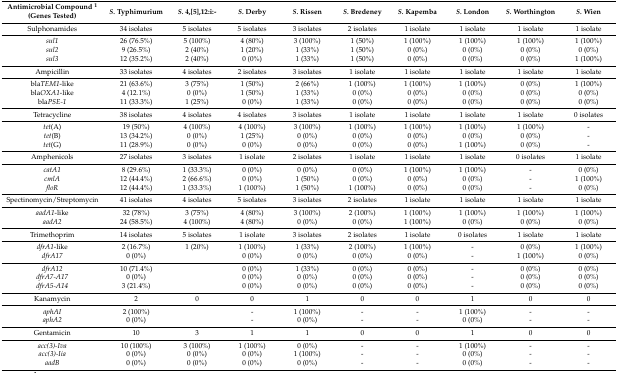
<table><thead><tr><td><b>Antimicrobial Compound <sup>1</sup>(Genes Tested)</b></td><td><b><i>S.</i> Typhimurium</b></td><td><b><i>S.</i> 4,[5],12:i:-</b></td><td><b><i>S.</i> Derby</b></td><td><b><i>S.</i> Rissen</b></td><td><b><i>S.</i> Bredeney</b></td><td><b><i>S.</i> Kapemba</b></td><td><b><i>S.</i> London</b></td><td><b><i>S.</i> Worthington</b></td><td><b><i>S.</i> Wien</b></td></tr></thead><tbody><tr><td>Sulphonamides</td><td>34 isolates</td><td>5 isolates</td><td>5 isolates</td><td>3 isolates</td><td>2 isolates</td><td>1 isolate</td><td>1 isolate</td><td>1 isolate</td><td>1 isolate</td></tr><tr><td><i>sul1</i></td><td>26 (76.5%)</td><td>5 (100%)</td><td>4 (80%)</td><td>3 (100%)</td><td>1 (50%)</td><td>1 (100%)</td><td>1 (100%)</td><td>1 (100%)</td><td>1 (100%)</td></tr><tr><td><i>sul2</i></td><td>9 (26.5%)</td><td>2 (40%)</td><td>1 (20%)</td><td>1 (33%)</td><td>1 (50%)</td><td>0 (0%)</td><td>0 (0%)</td><td>0 (0%)</td><td>0 (0%)</td></tr><tr><td><i>sul3</i></td><td>12 (35.2%)</td><td>2 (40%)</td><td>0 (0%)</td><td>1 (33%)</td><td>1 (50%)</td><td>0 (0%)</td><td>0 (0%)</td><td>0 (0%)</td><td>1 (100%)</td></tr><tr><td>Ampicillin</td><td>33 isolates</td><td>4 isolates</td><td>2 isolates</td><td>3 isolates</td><td>1 isolate</td><td>1 isolate</td><td>1 isolate</td><td>1 isolate</td><td>1 isolate</td></tr><tr><td>bla<i>TEM1</i>-like</td><td>21 (63.6%)</td><td>3 (75%)</td><td>1 (50%)</td><td>2 (66%)</td><td>1 (100%)</td><td>1 (100%)</td><td>1 (100%)</td><td>0 (0%)</td><td>1 (100%)</td></tr><tr><td>bla<i>OXA1</i>-like</td><td>4 (12.1%)</td><td>0 (0%)</td><td>1 (50%)</td><td>1 (33%)</td><td>0 (0%)</td><td>0 (0%)</td><td>0 (0%)</td><td>0 (0%)</td><td>0 (0%)</td></tr><tr><td>bla<i>PSE-1</i></td><td>11 (33.3%)</td><td>1 (25%)</td><td>0 (0%)</td><td>1 (33%)</td><td>0 (0%)</td><td>0 (0%)</td><td>0 (0%)</td><td>0 (0%)</td><td>0 (0%)</td></tr><tr><td>Tetracycline</td><td>38 isolates</td><td>4 isolates</td><td>4 isolates</td><td>3 isolates</td><td>1 isolate</td><td>1 isolate</td><td>1 isolate</td><td>1 isolate</td><td>0 isolates</td></tr><tr><td><i>tet</i>(A)</td><td>19 (50%)</td><td>4 (100%)</td><td>4 (100%)</td><td>3 (100%)</td><td>1 (100%)</td><td>1 (100%)</td><td>1 (100%)</td><td>1 (100%)</td><td>-</td></tr><tr><td><i>tet</i>(B)</td><td>13 (34.2%)</td><td>0 (0%)</td><td>1 (25%)</td><td>0 (0%)</td><td>0 (0%)</td><td>0 (0%)</td><td>0 (0%)</td><td>0 (0%)</td><td>-</td></tr><tr><td><i>tet</i>(G)</td><td>11 (28.9%)</td><td>0 (0%)</td><td>0 (0%)</td><td>0 (0%)</td><td>0 (0%)</td><td>0 (0%)</td><td>1 (100%)</td><td>0 (0%)</td><td>-</td></tr><tr><td>Amphenicols</td><td>27 isolates</td><td>3 isolates</td><td>1 isolate</td><td>2 isolates</td><td>1 isolate</td><td>1 isolate</td><td>1 isolate</td><td>0 isolates</td><td>1 isolate</td></tr><tr><td><i>catA1</i></td><td>8 (29.6%)</td><td>1 (33.3%)</td><td>0 (0%)</td><td>0 (0%)</td><td>0 (0%)</td><td>1 (100%)</td><td>1 (100%)</td><td>-</td><td>0 (0%)</td></tr><tr><td><i>cmlA</i></td><td>12 (44.4%)</td><td>2 (66.6%)</td><td>0 (0%)</td><td>1 (50%)</td><td>0 (0%)</td><td>0 (0%)</td><td>0 (0%)</td><td>-</td><td>1 (100%)</td></tr><tr><td><i>floR</i></td><td>12 (44.4%)</td><td>1 (33.3%)</td><td>1 (100%)</td><td>1 (50%)</td><td>1 (100%)</td><td>0 (0%)</td><td>0 (0%)</td><td>-</td><td>0 (0%)</td></tr><tr><td>Spectinomycin/Streptomycin</td><td>41 isolates</td><td>4 isolates</td><td>5 isolates</td><td>3 isolates</td><td>2 isolates</td><td>1 isolate</td><td>1 isolate</td><td>1 isolate</td><td>1 isolate</td></tr><tr><td><i>aadA1</i>-like</td><td>32 (78%)</td><td>3 (75%)</td><td>4 (80%)</td><td>3 (100%)</td><td>2 (100%)</td><td>1 (100%)</td><td>1 (100%)</td><td>1 (100%)</td><td>1 (100%)</td></tr><tr><td><i>aadA2</i></td><td>24 (58.5%)</td><td>4 (100%)</td><td>4 (80%)</td><td>0 (0%)</td><td>0 (0%)</td><td>1 (100%)</td><td>0 (0%)</td><td>0 (0%)</td><td>0 (0%)</td></tr><tr><td>Trimethoprim</td><td>14 isolates</td><td>5 isolates</td><td>1 isolate</td><td>3 isolates</td><td>2 isolates</td><td>1 isolate</td><td>0 isolates</td><td>1 isolate</td><td>1 isolate</td></tr><tr><td><i>dfrA1</i>-like</td><td>2 (16.7%)</td><td>1 (20%)</td><td>1 (100%)</td><td>1 (33%)</td><td>2 (100%)</td><td>1 (100%)</td><td>-</td><td>0 (0%)</td><td>1 (100%)</td></tr><tr><td><i>dfrA17</i></td><td>0 (0%)</td><td></td><td>0 (0%)</td><td>0 (0%)</td><td>0 (0%)</td><td>0 (0%)</td><td>-</td><td>1 (100%)</td><td>0 (0%)</td></tr><tr><td><i>dfrA12</i></td><td>10 (71.4%)</td><td></td><td>0 (0%)</td><td>1 (33%)</td><td>0 (0%)</td><td>0 (0%)</td><td>-</td><td>0 (0%)</td><td>0 (0%)</td></tr><tr><td><i>dfrA7-A17</i></td><td>0 (0%)</td><td></td><td>0 (0%)</td><td>0 (0%)</td><td>0 (0%)</td><td>0 (0%)</td><td>-</td><td>0 (0%)</td><td>0 (0%)</td></tr><tr><td><i>dfrA5-A14</i></td><td>3 (21.4%)</td><td></td><td>0 (0%)</td><td>0 (0%)</td><td>0 (0%)</td><td>0 (0%)</td><td>-</td><td>0 (0%)</td><td>0 (0%)</td></tr><tr><td>Kanamycin</td><td>2</td><td>0</td><td>0</td><td>1</td><td>0</td><td>0</td><td>1</td><td>0</td><td>0</td></tr><tr><td><i>aphAI</i></td><td>2 (100%)</td><td></td><td>-</td><td>1 (100%)</td><td>-</td><td>-</td><td>1 (100%)</td><td>-</td><td>-</td></tr><tr><td><i>aphA2</i></td><td>0 (0%)</td><td></td><td>-</td><td>0 (0%)</td><td>-</td><td>-</td><td>0 (0%)</td><td>-</td><td>-</td></tr><tr><td>Gentamicin</td><td>10</td><td>3</td><td>1</td><td>1</td><td>0</td><td>0</td><td>1</td><td>0</td><td>0</td></tr><tr><td><i>acc(3)-Iva</i></td><td>10 (100%)</td><td>3 (100%)</td><td>1 (100%)</td><td>0 (0%)</td><td>-</td><td>-</td><td>1 (100%)</td><td>-</td><td>-</td></tr><tr><td><i>acc(3)-Iia</i></td><td>0 (0%)</td><td>0 (0%)</td><td>0 (0%)</td><td>1 (100%)</td><td>-</td><td>-</td><td>0 (0%)</td><td>-</td><td>-</td></tr><tr><td><i>aadB</i></td><td>0 (0%)</td><td>0 (0%)</td><td>0 (0%)</td><td>0 (0%)</td><td>-</td><td>-</td><td>0 (0%)</td><td>-</td><td>-</td></tr></tbody></table>